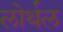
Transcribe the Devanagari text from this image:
लोर्थल